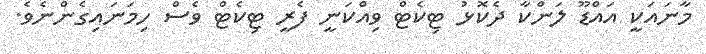
މާނައަކީ އައްޑޫ ލަންކާ ދެކޮޅު ޓިކެޓް ވިއްކަނީ ފެރީ ޓިކެޓް ވެސް ހިމަނައިގެންނެވެ.